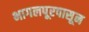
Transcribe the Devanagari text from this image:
भागलपूरपासून